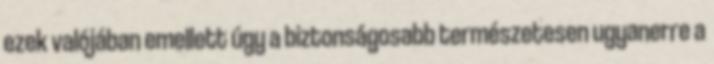
ezek valójában emellett úgy a biztonságosabb természetesen ugyanerre a